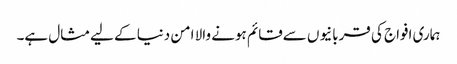
ہماری افواج کی قربانیوں سےقائم ہونے والا امن دنیا کے لیےمثال ہے۔